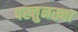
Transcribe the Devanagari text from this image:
पख्तुनख्वा